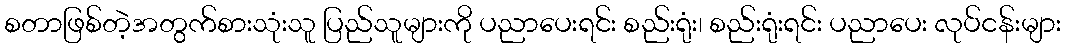
စတာဖြစ်တဲ့အတွက်စားသုံးသူ ပြည်သူများကို ပညာပေးရင်း စည်းရုံး၊ စည်းရုံးရင်း ပညာပေး လုပ်ငန်းများ